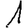
Digit: 1